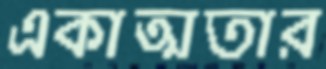
একাত্মতার